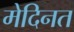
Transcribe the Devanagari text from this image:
मेदिनत